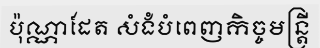
ប៉ុណ្ណាដែត សំងំបំពេញកិច្ចមន្ត្រី